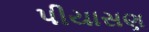
પીયાસણ